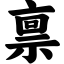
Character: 禀